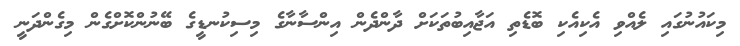
މިކައުނުގައި ލެއްވި އެކިއެކި ބޮޑެތި އަޖާއިބުތަކަށް ދާންދެން އިންސާނާގެ މިސިކުނޑީގެ ބޭނުންކޮށްގެން މިގެންދަނީ